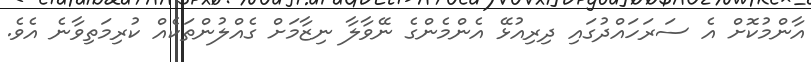
އާންމުކޮށް އެ ސަރަހައްދުގައި ދިރިއުޅޭ އެންމެންގެ ނޭވާލާ ނިޒާމަށް ގެއްލުންތަކެއް ކުރިމަތިވާނެ އެވެ.